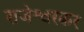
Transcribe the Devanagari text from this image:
राजेश्वरकर